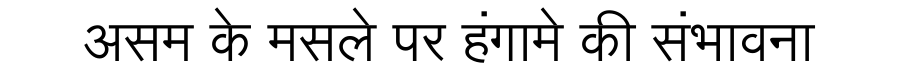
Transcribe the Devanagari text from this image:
असम के मसले पर हंगामे की संभावना